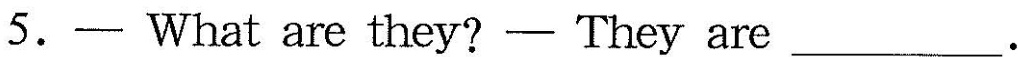
5.—What are they?—They are___.